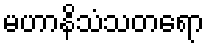
မဟာနိသံသတရော